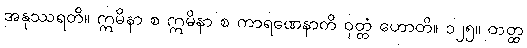
အနုဿရတိ။ ဣမိနာ စ ဣမိနာ စ ကာရဏေနာတိ ဝုတ္တံ ဟောတိ။ ၁၂၅။ တတ္ထ